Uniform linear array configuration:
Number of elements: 16
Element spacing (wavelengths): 0.5
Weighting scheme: kaiser
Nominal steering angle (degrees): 45
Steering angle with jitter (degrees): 46.36
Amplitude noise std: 0.05
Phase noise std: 0.05

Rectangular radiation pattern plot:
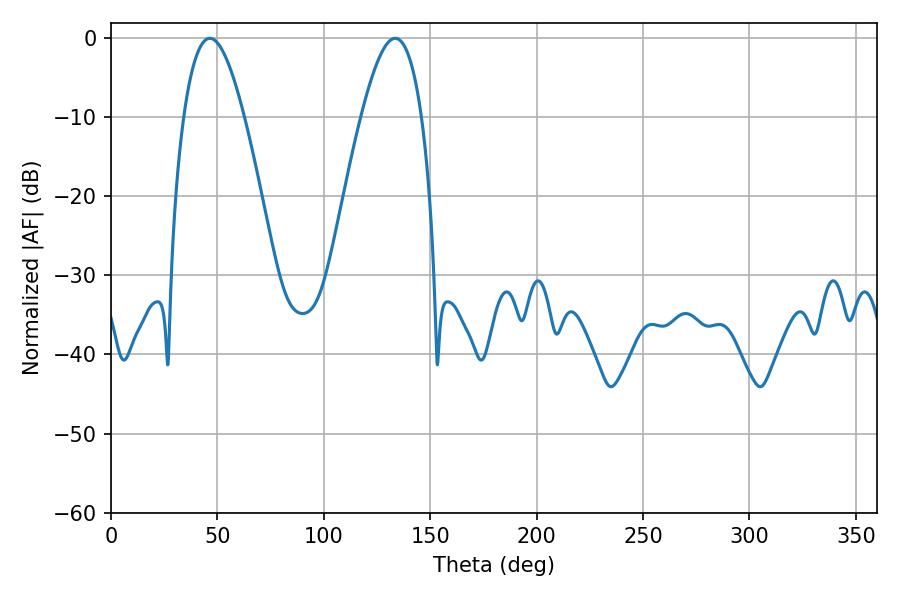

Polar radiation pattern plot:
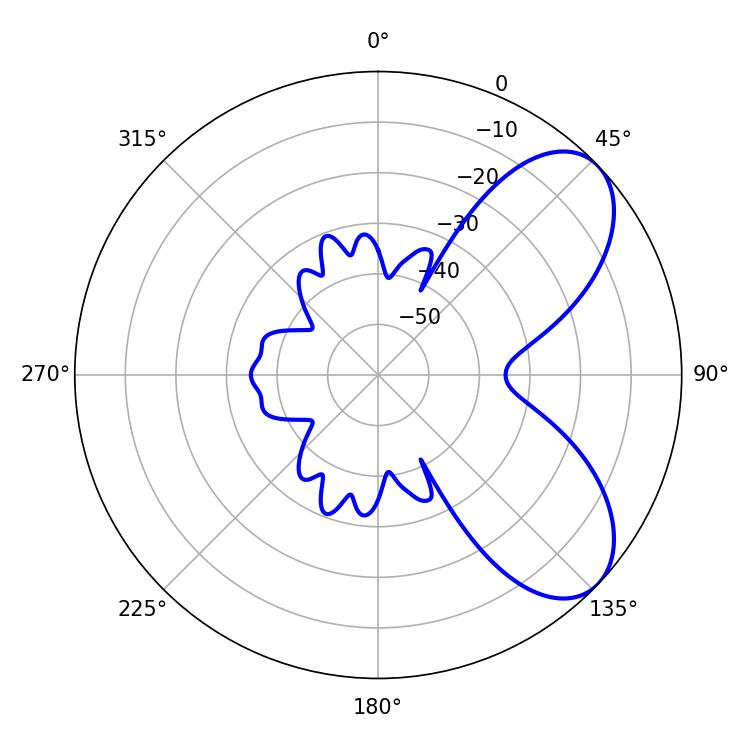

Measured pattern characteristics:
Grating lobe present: FALSE
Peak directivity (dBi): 6.695
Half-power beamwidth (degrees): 15.48
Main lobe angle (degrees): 46.44